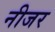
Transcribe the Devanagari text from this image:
नीजर